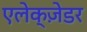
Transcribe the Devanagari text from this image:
एलेक्ज़ेडर